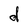
Character: d